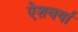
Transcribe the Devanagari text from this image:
ऐशवर्या